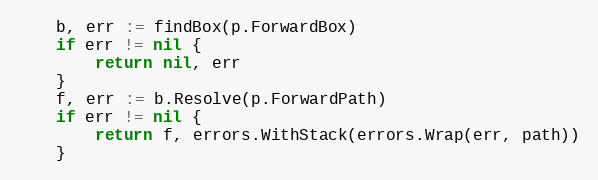
Language: Go
	b, err := findBox(p.ForwardBox)
	if err != nil {
		return nil, err
	}
	f, err := b.Resolve(p.ForwardPath)
	if err != nil {
		return f, errors.WithStack(errors.Wrap(err, path))
	}